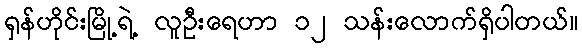
ရှန်ဟိုင်းမြို့ရဲ့ လူဦးရေဟာ ၁၂ သန်းလောက်ရှိပါတယ်။